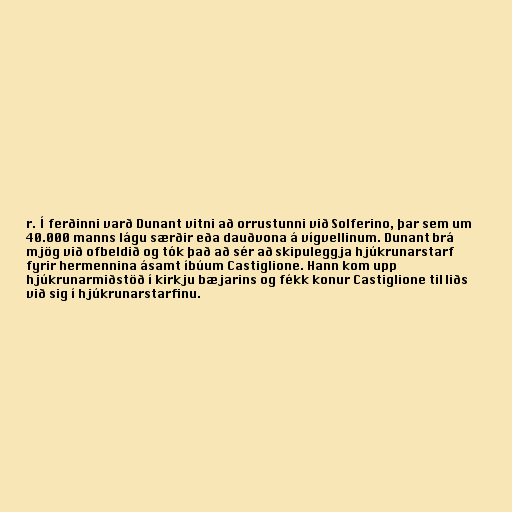
r. Í ferðinni varð Dunant vitni að orrustunni við Solferino, þar sem um
40.000 manns lágu særðir eða dauðvona á vígvellinum. Dunant brá
mjög við ofbeldið og tók það að sér að skipuleggja hjúkrunarstarf
fyrir hermennina ásamt íbúum Castiglione. Hann kom upp
hjúkrunarmiðstöð í kirkju bæjarins og fékk konur Castiglione til liðs
við sig í hjúkrunarstarfinu.